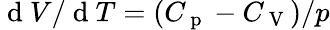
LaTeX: \mathrm{~d~}V/\mathrm{~d~}T=(C_{\mathrm{~p~}}-C_{\mathrm{~V~}})/p